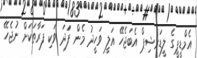
އެމްޑީޕީގެ ލީޑަރޝިޕް އެބަޖެހޭ އަލީ ވަހީދު މެން ފަަދަ ވަކި ފަރާތަކަށް ނުޖެހޭ